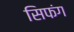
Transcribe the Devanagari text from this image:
सिफंग